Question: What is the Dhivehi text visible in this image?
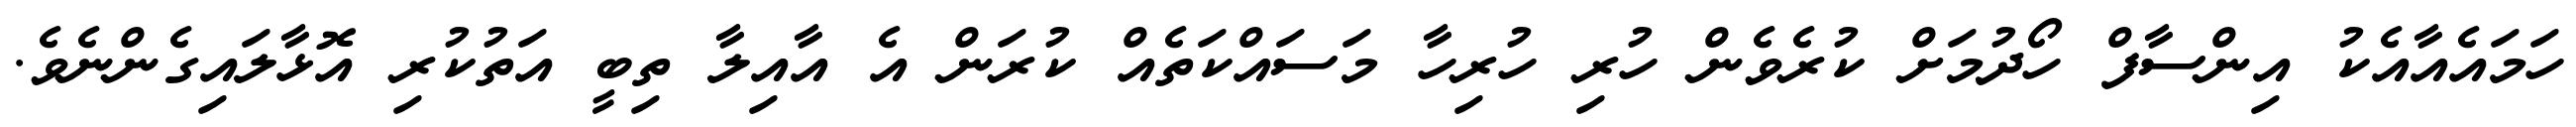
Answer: ހަމައެއާއެކު އިންސާފް ހޯދުމަށް ކުރެވެން ހުރި ހުރިހާ މަސައްކަތެއް ކުރަން އެ އާއިލާ ތިބީ އަތުކުރި އޮޅާލައިގެންނެވެ.